Plague in India, 1896, 1897 - Volume 3
Year: 1896
Disease focus: Plague
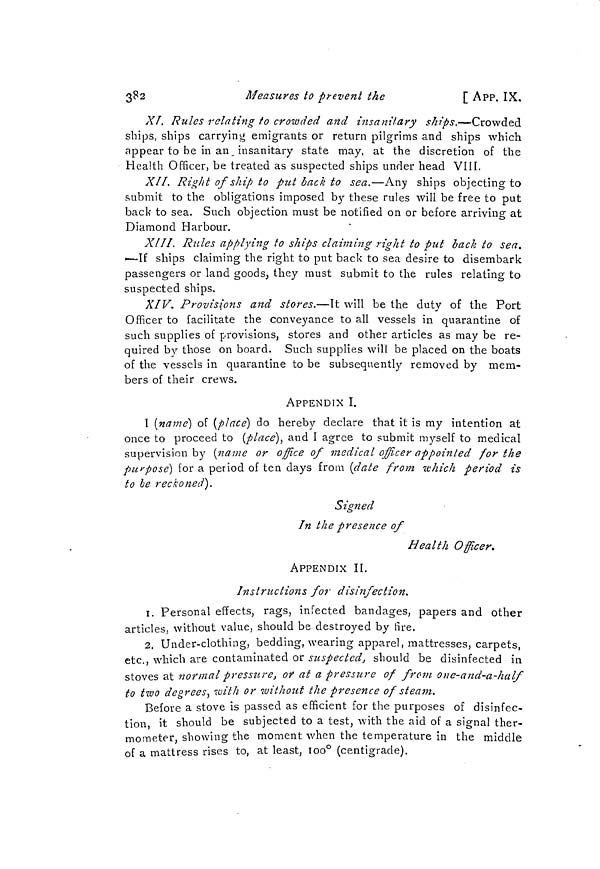
382
Measures to prevent the
[ APP. IX.
XI. Rules relating to crowded and insanitary ships.—Crowded
ships, ships carrying emigrants or return pilgrims and ships which
appear to be in an, insanitary state may, at the discretion of the
Health Officer, be treated as suspected ships under head VIII.
XII. Right of ship to put back to sea.—Any ships objecting to
submit to the obligations imposed by these rules will be free to put
back to sea. Such objection must be notified on or before arriving at
Diamond Harbour.
XIII. Rules applying to ships claiming right to put back to sea.
—If ships claiming the right to put back to sea desire to disembark
passengers or land goods, they must submit to the rules relating to
suspected ships.
XIV. Provisions and stores.—It will be the duty of the Port
Officer to facilitate the conveyance to all vessels in quarantine of
such supplies of provisions, stores and other articles as may be re-
quired by those on board. Such supplies will be placed on the boats
of the vessels in quarantine to be subsequently removed by mem-
bers of their crews.
APPENDIX I.
I (name) of (place) do hereby declare that it is my intention at
once to proceed to (place), and I agree to submit myself to medical
supervision by (name or office of medical officer appointed for the
purpose) for a period of ten days from (date from which period is
to be reckoned).
Signed
In the presence of
Health Officer.
APPENDIX II.
Instructions for disinfection.
1. Personal effects, rags, infected bandages, papers and other
articles, without value, should be destroyed by fire.
2. Under-clothing, bedding, wearing apparel, mattresses, carpets,
etc., which are contaminated or suspected, should be disinfected in
stoves at normal pressure, of at a pressure of from one-and-a-half
to two degrees, with or without the presence of steam.
Before a stove is passed as efficient for the purposes of disinfec-
tion, it should be subjected to a test, with the aid of a signal ther-
mometer, showing the moment when the temperature in the middle
of a mattress rises to, at least, 100° (centigrade).